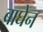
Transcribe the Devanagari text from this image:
बाघेन